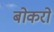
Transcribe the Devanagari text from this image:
बोकरो